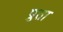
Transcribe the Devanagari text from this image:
प्रुता